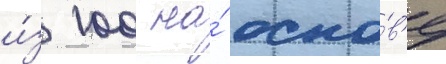
и́з 100 на́ осно́в'е